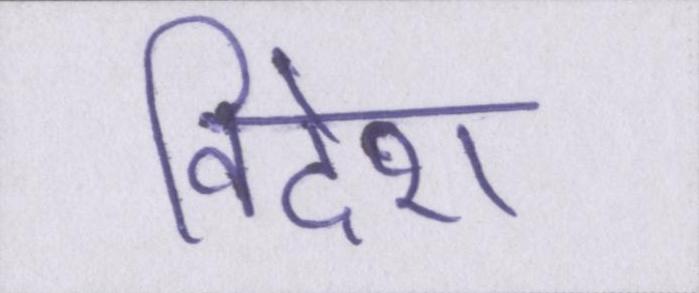
विदेश